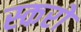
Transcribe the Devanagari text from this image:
स्करो